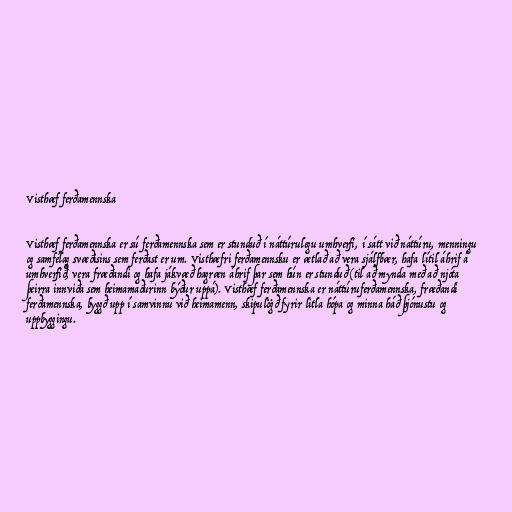
Visthæf ferðamennska

Visthæf ferðamennska er sú ferðamennska sem er stunduð í náttúrulegu umhverfi, í sátt við náttúru, menningu
og samfélag svæðisins sem ferðast er um. Visthæfri ferðamennsku er ætlað að vera sjálfbær, hafa lítil áhrif á
umhverfið, vera fræðandi og hafa jákvæð hagræn áhrif þar sem hún er stunduð (til að mynda með að njóta
þeirra innviða sem heimamaðurinn býður uppá). Visthæf ferðamennska er náttúruferðamennska, fræðandi
ferðamennska, byggð upp í samvinnu við heimamenn, skipulögð fyrir litla hópa og minna háð þjónustu og
uppbyggingu.